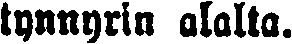
tynnyrin alalta.